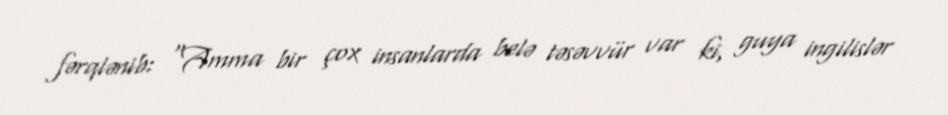
fərqlənib: “Amma bir çox insanlarda belə təsəvvür var ki, guya ingilislər